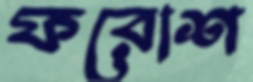
ফরোশ